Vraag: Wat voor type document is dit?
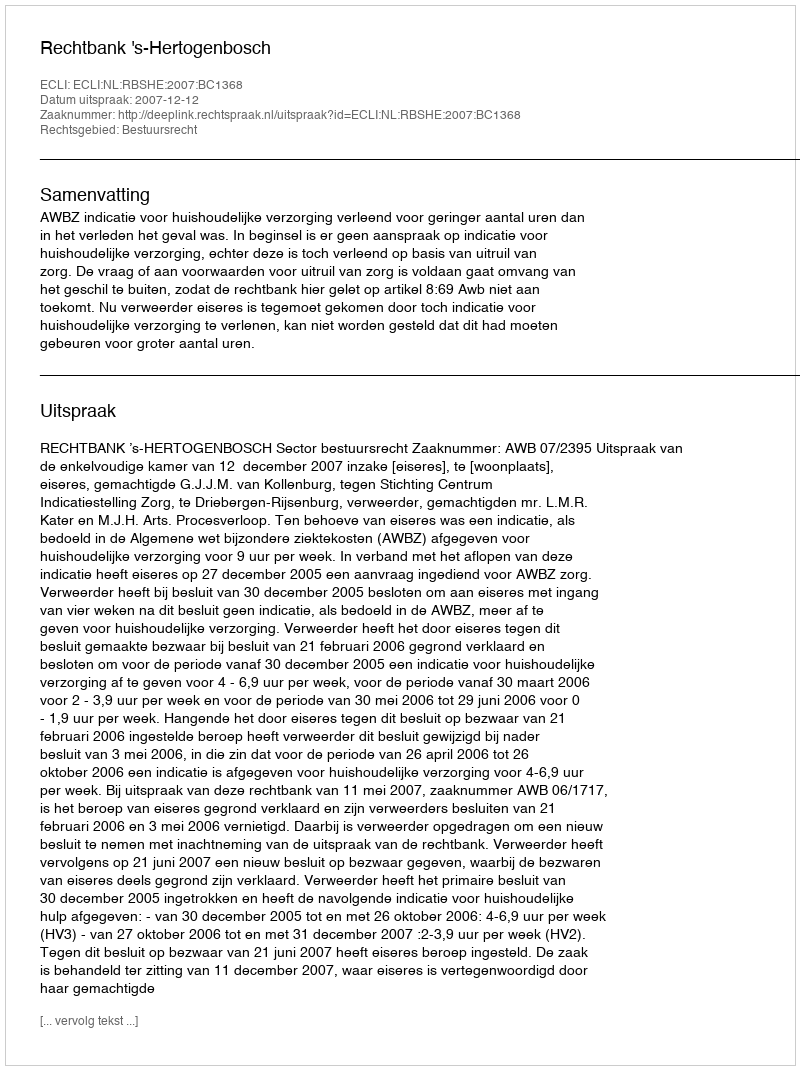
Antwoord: Uitspraak